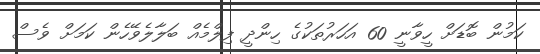
ކަމުން ބޮޑަށް ހީވާނީ 60 އަހަރުތަކުގެ ހިންދީ ފިލްމެއް ބަލާލެވޭހެން ކަމަށް ވެސް